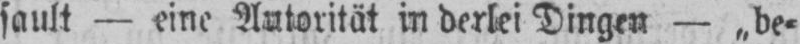
fault - eine Autorität in derlei Dingen - „be⸗